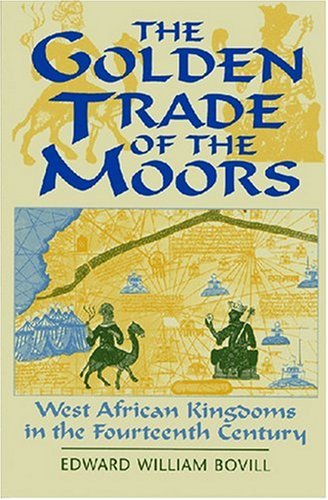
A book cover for The Golden Trade of the Moors: West African Kingdoms in the Fourteenth Century; E. W. Bovill; History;